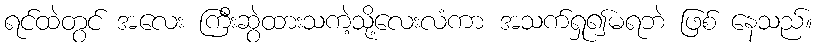
ရင်ထဲတွင် အလေး ကြီးဆွဲထားသကဲ့သို့လေးလံကာ အသက်ရှု၍မရဘဲ ဖြစ် နေသည်။